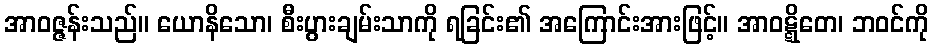
အာဝဇ္ဇန်းသည်။ ယောနိသော၊ စီးပွားချမ်းသာကို ရခြင်း၏ အကြောင်းအားဖြင့်။ အာဝဋ္ဋိတေ၊ ဘဝင်ကို